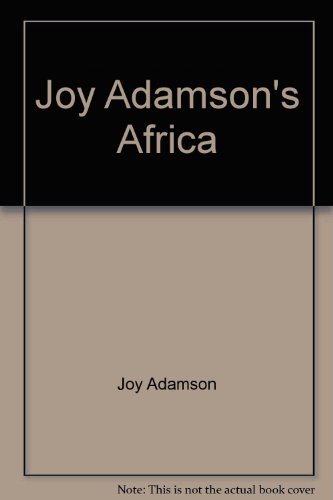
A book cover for Joy Adamson's Africa; Joy Adamson; History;